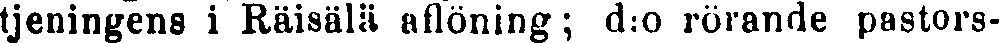
tjeningens i Räisälä aflöning; d:o rörande pastors-